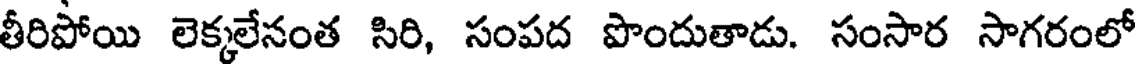
తీరిపోయి లెక్కలేనంత సిరి, సంపద పొందుతాడు. సంసార సాగరంలో